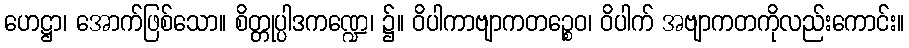
ဟေဋ္ဌာ၊ အောက်ဖြစ်သော။ စိတ္တုပ္ပါဒကဏ္ဍေ၊ ၌။ ဝိပါကာဗျာကတဉ္စေဝ၊ ဝိပါက် အဗျာကတကိုလည်းကောင်း။